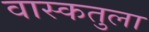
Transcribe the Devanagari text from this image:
वास्कतुला